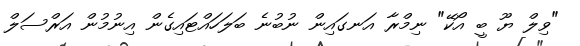
"ވިލް ޔޫ ބީ އޯކޭ" ނިމްރާ އަނގައިން ނުބުނެ ބަލަހައްޓައިގެން އިނުމުން އަރްސަލް